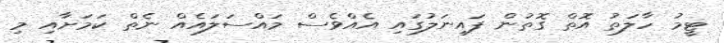
ޓީމު ހާލަތު އޮތް ގޮތުން ފައިނަލުގައި އެއްވެސް މައްސަލައެއް ނެތް ކަމަށާއި މި